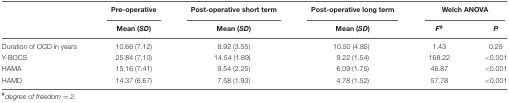
<table><thead><tr><td></td><td><b>Pre-operative</b></td><td><b>Post-operative short term</b></td><td><b>Post-operative long term</b></td><td colspan="2"><b>Welch ANOVA</b></td></tr><tr><td></td><td><b>Mean (<i>SD</i>)</b></td><td><b>Mean (<i>SD</i>)</b></td><td><b>Mean (<i>SD</i>)</b></td><td><b><i>F<sup>#</sup></i></b></td><td><b><i>P</i></b></td></tr></thead><tbody><tr><td>Duration of OCD in years</td><td>10.66 (7.12)</td><td>8.92 (3.55)</td><td>10.50 (4.85)</td><td>1.43</td><td>0.25</td></tr><tr><td>Y-BOCS</td><td>25.84 (7.10)</td><td>14.54 (1.89)</td><td>9.22 (1.54)</td><td>168.22</td><td>&lt;0.001</td></tr><tr><td>HAMA</td><td>15.16 (7.41)</td><td>9.54 (2.25)</td><td>6.09 (1.75)</td><td>46.87</td><td>&lt;0.001</td></tr><tr><td>HAMD</td><td>14.37 (6.67)</td><td>7.58 (1.93)</td><td>4.78 (1.52)</td><td>57.78</td><td>&lt;0.001</td></tr></tbody></table>